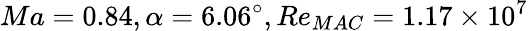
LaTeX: Ma=0.84,\alpha=6.06^{\circ},Re_{MAC}=1.17\times{10^{7}}